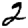
Digit: 2